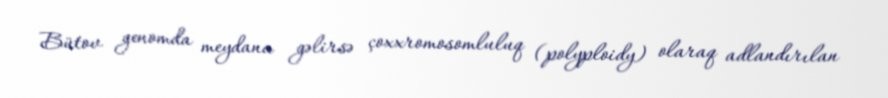
Bütov genomda meydana gəlirsə çoxxromosomluluq (polyploidy) olaraq adlandırılan